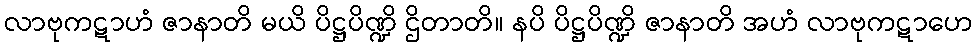
လာဗုကဋာဟံ ဇာနာတိ မယိ ပိဋ္ဌပိဏ္ဍိ ဌိတာတိ။ နပိ ပိဋ္ဌပိဏ္ဍိ ဇာနာတိ အဟံ လာဗုကဋာဟေ